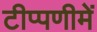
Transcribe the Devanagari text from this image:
टीप्‍पणीमें